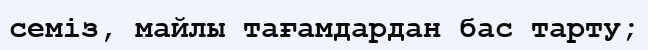
семіз, майлы тағамдардан бас тарту;